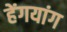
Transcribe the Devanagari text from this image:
हेंगयांग